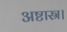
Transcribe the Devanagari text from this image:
अष्टास्र।